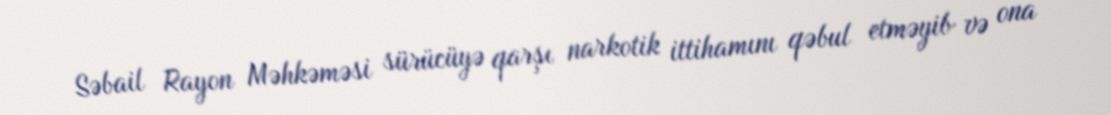
Səbail Rayon Məhkəməsi sürücüyə qarşı narkotik ittihamını qəbul etməyib və ona